system: You are a helpful assistant.
user:
Analyze the provided spectrum to determine if it is a **Carbon Star (C-type)**.

- **Key Visual Indicators of Carbon Star:**
    - **(Primary):** Strong molecular absorption from **C₂ (diatomic carbon) "Swan Bands."** This is the **defining feature** of a carbon star.
        - **(Key Bandheads):** Sharp absorption edges are visible at approximately $5635$ Å, $5165$ Å (the strongest band), and $4737$ Å.
        - **(Line Profile):** Creates a distinct **"saw-tooth"** pattern. The key morphology is a sharp, steep bandhead on the **red (long-wavelength) side**, which then gradually tapers off (i.e., flux recovers) towards the **blue (short-wavelength) side**. *(This is the direct opposite of the TiO bands seen in M-type stars)*.

    - **(Secondary):** Intense **CN (cyanogen)** molecular absorption bands.
        - **(Key Bandheads):** Located in the blue and violet regions of the spectrum (e.g., near $4215$ Å and $3883$ Å).
        - **(Morphology):** These bands are extremely broad and act as a "blanket," absorbing the vast majority of blue and violet light. This creates a characteristic **"cliff"** or **"steep drop-off"** in the spectrum's flux at short wavelengths.

    - **(Key Confirmation):** Strong **CH absorption band (G-band)**.
        - **(Key Bandhead):** Located around $4300$ Å. The contribution from CH molecules to this band is exceptionally strong.

    - **(Overall Spectrum):**
        - The continuum is severely "chopped up" by these deep molecular bands, especially C₂, rather than appearing as a smooth curve.
        - Due to the heavy CN and C₂ absorption in the blue-green, the vast majority of the star's flux is concentrated in the red part of the spectrum, giving the star its characteristic deep red color.

Think first, call **spectral_visualization_tool** if needed to examine features in detail, then provide your final answer. Your response must adhere to the following strict rules:
1.  **Overall Structure:** Your response must follow the format `<think>...</think> <tool_call>...</tool_call> (if a tool is used) <answer>...</answer>`.
2.  **Tool Usage Constraint:** You may only make **one** tool call per turn.
3.  **Final Answer Format:** In the `<answer>` tag, your conclusion must be inside a `\boxed{}` command (e.g., `\boxed{YES}`), followed by your justification.

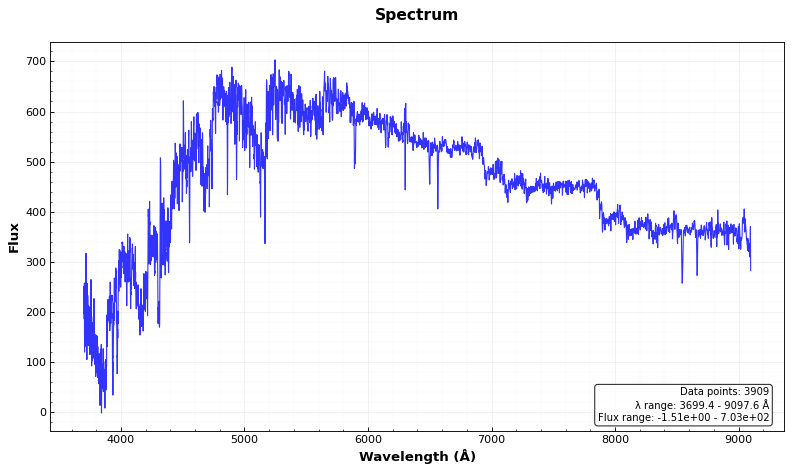
Answer: YES